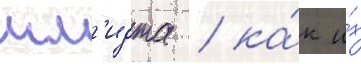
шм'идта / ка́к и́х